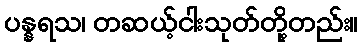
ပန္နရသ၊ တဆယ့်ငါးသုတ်တို့တည်း။